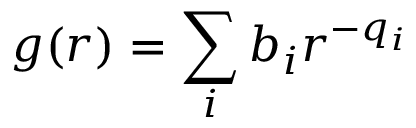
g ( r ) = \sum _ { i } b _ { i } r ^ { - q _ { i } }